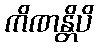
ကိဏန္တိပိ